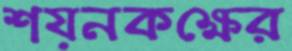
শয়নকক্ষের